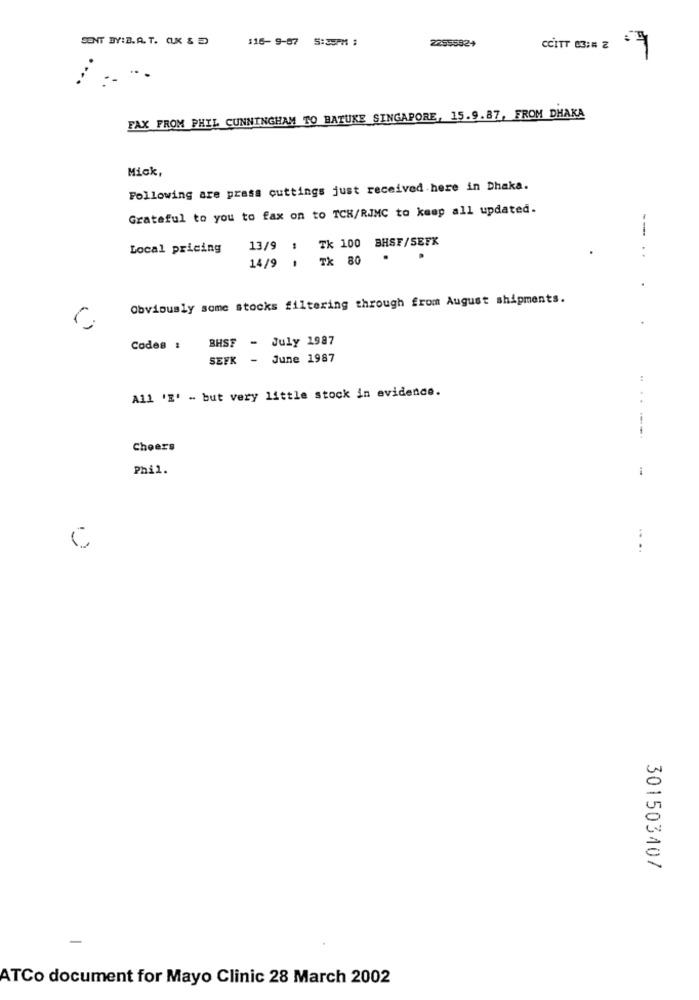
SENT BY:B. A. T. CUK &
116- 9-07 5:35PM 1
22555924
CCITT 83;# 2
:-
...
FAX FROM PHIL CUNNINGHAM TO BATUKE SINGAPORE, 15.9.87, FROM DHAKA
Mick,
Following are prass cuttings just received here in Dhaka.
Grateful to you to fax on to TCH/RIMC to keep all updated.
TK 100 BHSF/SEFK
Local pricing
13/9 :
14/9 1 Tk 80
Obviously some stocks filtering through from August shipments.
C
BHSF - July 1987
Codes :
SEFK
- June 1987
All 'E' - but very little stock in evidence.
...---
Cheers
Phil.
i
C
....
301503407
ATCo document for Mayo Clinic 28 March 2002